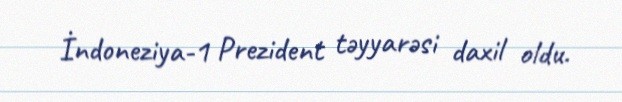
İndoneziya-1 Prezident təyyarəsi daxil oldu.